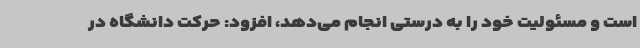
است و مسئولیت خود را به درستی انجام می‌دهد، افزود: حرکت دانشگاه در